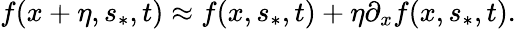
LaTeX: f(x+\eta,s_{\ast},t)\approx f(x,s_{\ast},t)+\eta\partial_{x}f(x,s_{\ast},t).